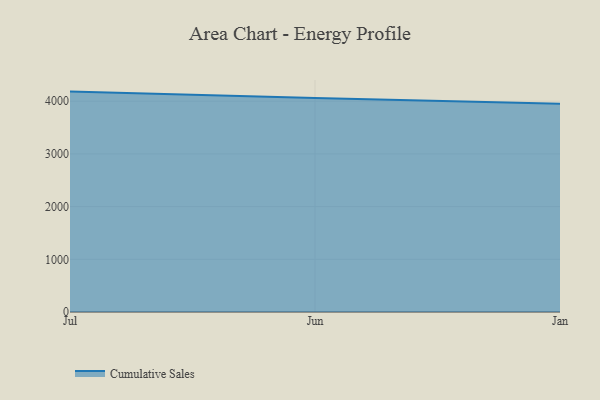
{"axis": {"x": "Month", "y": "Active Users"}, "legend": ["Cumulative Sales"], "data": [{"x": "Jul", "y": 4181.9, "type": "Cumulative Sales"}, {"x": "Jun", "y": 4059.1, "type": "Cumulative Sales"}, {"x": "Jan", "y": 3951.5, "type": "Cumulative Sales"}]}